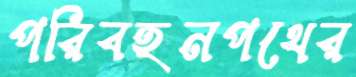
পরিবহনপথের